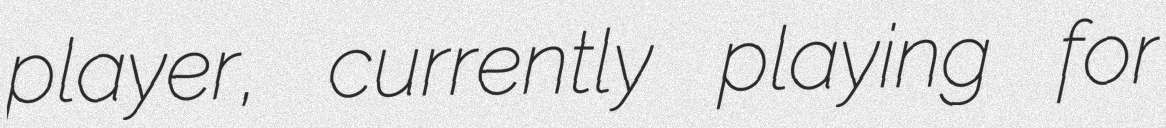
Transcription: player, currently playing for